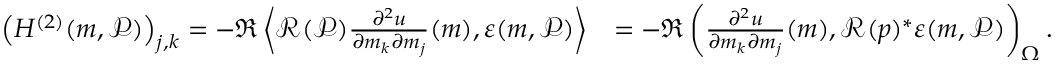
\begin{array} { r l } { \left( H ^ { ( 2 ) } ( \boldsymbol { m } , \mathcal { P } ) \right) _ { j , k } = - \Re \left\langle \mathcal { R } ( \mathcal { P } ) \frac { \partial ^ { 2 } u } { \partial m _ { k } \partial m _ { j } } ( \boldsymbol { m } ) , \boldsymbol { \varepsilon } ( \boldsymbol { m } , \mathcal { P } ) \right\rangle } & { = - \Re \left( \frac { \partial ^ { 2 } u } { \partial m _ { k } \partial m _ { j } } ( \boldsymbol { m } ) , \mathcal { R } ( \boldsymbol { p } ) ^ { * } \boldsymbol { \varepsilon } ( \boldsymbol { m } , \mathcal { P } ) \right) _ { \Omega } . } \end{array}